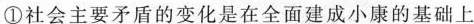
①社会主要矛盾的变化是在全面建成小康的基础上